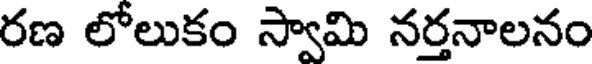
రణ లోలుకం స్వామి నర్తనాలనం